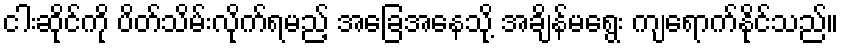
ငါးဆိုင်ကို ပိတ်သိမ်းလိုက်ရမည့် အခြေအနေသို့ အချိန်မရွေး ကျရောက်နိုင်သည်။